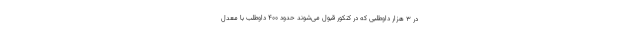
در ۳ هزار داوطلبی که در کنکور قبول می‌شوند حدود ۴۰۰ داوطلب با معدل